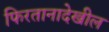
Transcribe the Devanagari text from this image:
फिरतानादेखील